Medical and sanitary report of the native army of Madras for the year
Year: 1878
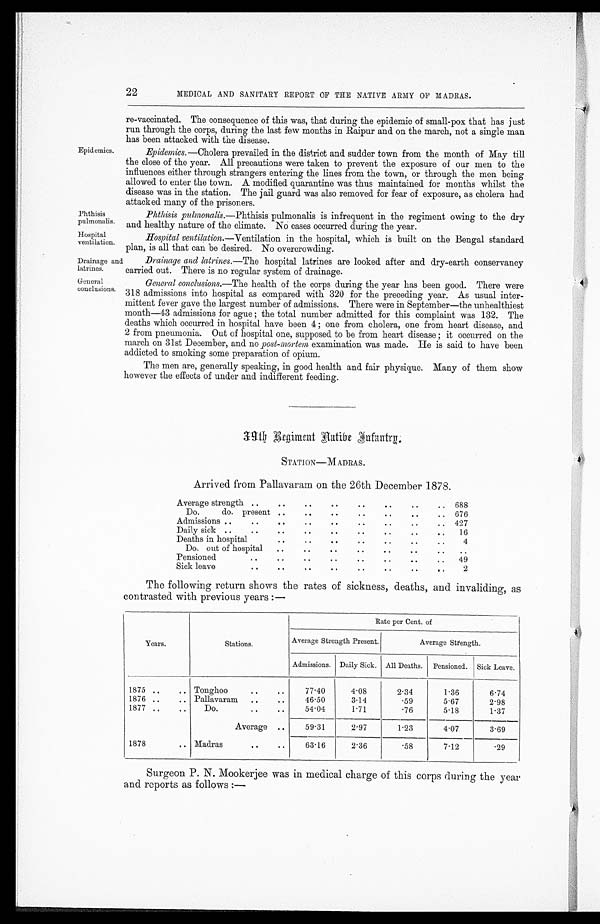
Epidemics.
Phthisis
puhnonalis.
Hospital
ventilation.
Drainage an
latrines.
General
conclusions.
22
MEDICAL AND SANITARY REPORT OF THE NATIVE ARMY OF MADRAS.
re-vaccinated. The consequence of this was, that during the epidemic of small-pox that has just
run through the corps, during the last few months in Raipur and on the march, not a single man
has been attacked with the disease.
Epidemics .—Cholera prevailed in the district and sudder town from the month of May till
the close of the year. All precautions were taken to prevent the exposure of our men to the
influences either through strangers entering the lines from the town, or through the men being
allowed to enter the town. A modified quarantine was thus maintained for months whilst the
disease was in the station. The jail guard was also removed for fear of exposure, as cholera had
attacked many of the prisoners.
Phthisis pulmonalis.—Phthisis pulmonalis is infrequent in the regiment owing to the dry
and healthy nature of the climate. NO cases occurred during the year.
Hospital ventilation .—Ventilation in the hospital, which is built on the Bengal standard
plan, is all that can be desired. No overcrowding.
Drainage and latrines .—The hospital latrines are looked after and dry-earth conservancy
carried out. There is no regular system of drainage.
General conclusions. —The health of the corps during the year has been good. There were
318 admissions into hospital as compared with 320 for the preceding year. As usual inter-
mittent fever gave the largest number of admissions. There were in September—the unhealthiest
month—43 admissions for ague ; the total number admitted for this complaint was 132. The
deaths which occurred in hospital have been 4 ; one from cholera, one from heart disease, and
2 from pneumonia. Out of hospital one, supposed to be from heart disease ; it occurred on the
march on 31st December, and no post-mortem examination was made. He is said to have been
addicted to smoking some preparation of opium.
The men are, generally speaking, in good health and fair physique. Many of them show
however the effects of under and indifferent feeding.
39th Regiment Native Infantry.
STATION—MADRAS.
Arrived from Pallavaram on the 26th December 1878.
Average strength ..
..
. .
. .
..
..
. .
.. 688
Do.
do. present
. .
. .
. .
..
. .
. .
.. 676
Admissions ..
..
. .
..
..
..
..
..
.. 427
Daily sick ..
..
..
. .
..
. .
. .
..
..
16
Deaths in hospital
..
. .
. .
. .
..
. .
. .
4
Do. out of hospital
. .
. .
..
..
. .
. .
..
. .
Pensioned
..
..
. .
..
..
..
..
..
49
Sick leave
..
. .
. .
. .
..
..
. .
..
2
The following return shows the rates of sickness, deaths, and inval iding, as
contrasted with previous years :—
Years.
Stations.
Rate per Cent. of
Average Strength Present.
Average Strength.
Admissions. Daily Sick. All Deaths. Pensioned. Sick Leave.
1875 ..
. .
Tonghoo
. .
. .
77.40
4.08
2.34
1.36
6.74
1876 ..
.. Pallavaram ..
. .
46.50
3.14
.59
5.67
2.98
1877 ..
..
Do.
. .
. .
54.04
1.71
.76
5.18
1.37
Average ..
59.31
2.97
1.23
4.07
3.69
1878
. .
Madras
. .
. .
63.16
2.36
.58
7.12
.29
Surgeon P. N. Mookerjee was in medical charge of this corps during the year
and reports as follows :—